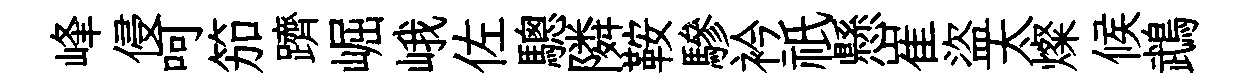
峰侵呵笳躋崛峨佐驄隣鞍驂衿祇懸崔盜太燦候鵡